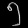
Digit: ၅